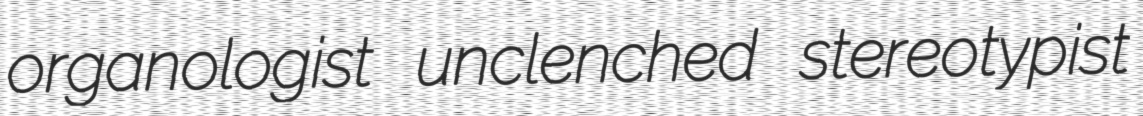
organologist unclenched stereotypist